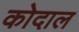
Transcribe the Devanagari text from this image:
कोदाल